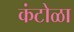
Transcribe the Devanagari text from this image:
कंटोळा